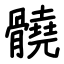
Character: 髐